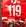
119